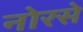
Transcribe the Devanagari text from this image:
नोरसे